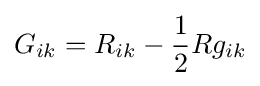
G_{ik}=R_{ik}-{\frac {1}{2}}Rg_{ik}